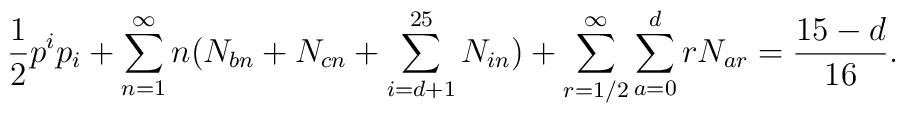
\frac{1}{2} p^ip_i+\sum_{n=1}^\infty n(N_{bn}+N_{cn}+\sum_{i=d+1}^{25}N_{i n})+\sum_{r=1/2}^\infty\sum_{a=0}^{d} rN_{a r}={15-d \over 16}.